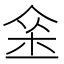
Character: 𨥀